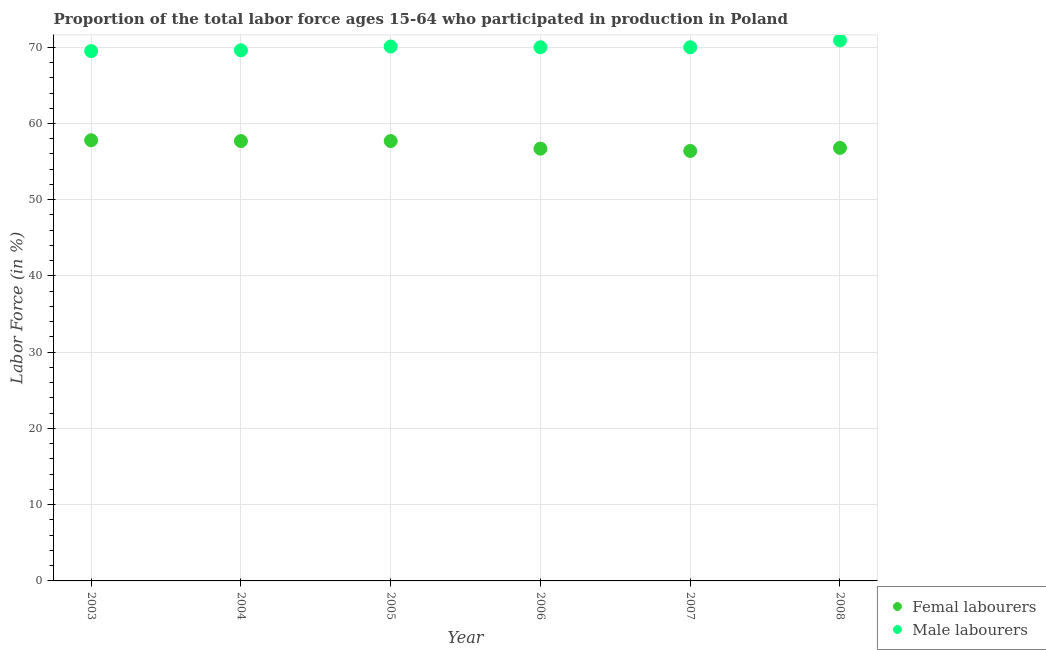
| Year | Femal labourers | Male labourers |
 | --- | --- | --- |
 | 2003 | 57.8 | 69.5 |
 | 2004 | 57.7 | 69.6 |
 | 2005 | 57.7 | 70.1 |
 | 2006 | 56.7 | 70 |
 | 2007 | 56.4 | 70 |
 | 2008 | 56.8 | 70.9 |